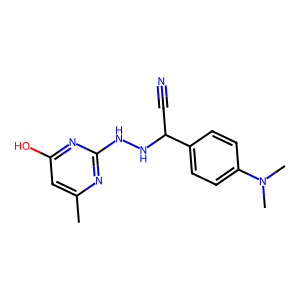
SMILES: Cc1cc(O)nc(NNC(C#N)c2ccc(N(C)C)cc2)n1
Inhibits HIV replication: No